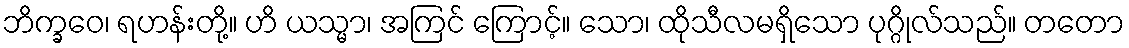
ဘိက္ခဝေ၊ ရဟန်းတို့။ ဟိ ယသ္မာ၊ အကြင် ကြောင့်။ သော၊ ထိုသီလမရှိသော ပုဂ္ဂိုလ်သည်။ တတော